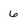
Character: 6